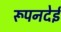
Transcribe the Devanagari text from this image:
रूपनदेई